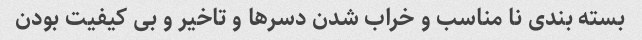
بسته بندی نا مناسب و خراب شدن دسرها و تاخیر و بی کیفیت بودن